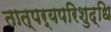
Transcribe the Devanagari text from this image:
तात्पर्यपरिशुद्धि